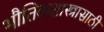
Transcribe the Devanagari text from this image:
भौतिकशास्त्रासाठी